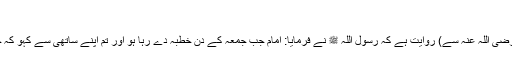
))
اور اسی سند کے ساتھ (سیدنا ابو ہریرہ رضی اللہ عنہ سے) روایت ہے کہ رسول اللہ ﷺ نے فرمایا: امام جب جمعہ کے دن خطبہ دے رہا ہو اور تم اپنے ساتھی سے کہو کہ چُپ ہو جا، تو تم نے لغو (باطل) کام کیا۔